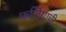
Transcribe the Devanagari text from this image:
फर्जियाची